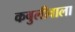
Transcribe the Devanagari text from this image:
कबुलीवाला